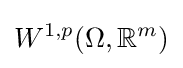
W^{1,p}(\Omega ,\mathbb {R} ^{m})